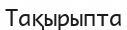
Тақырыпта